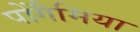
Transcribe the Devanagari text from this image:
पोंगैमिया